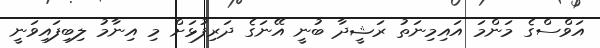
އަވްސްގެ މަންމަ އައިމިނަތު ރަޝީދާ ބުނީ އޭނަގެ ދަރިފުޅަށް މި އިނާމު ލިބިފައިވަނީ